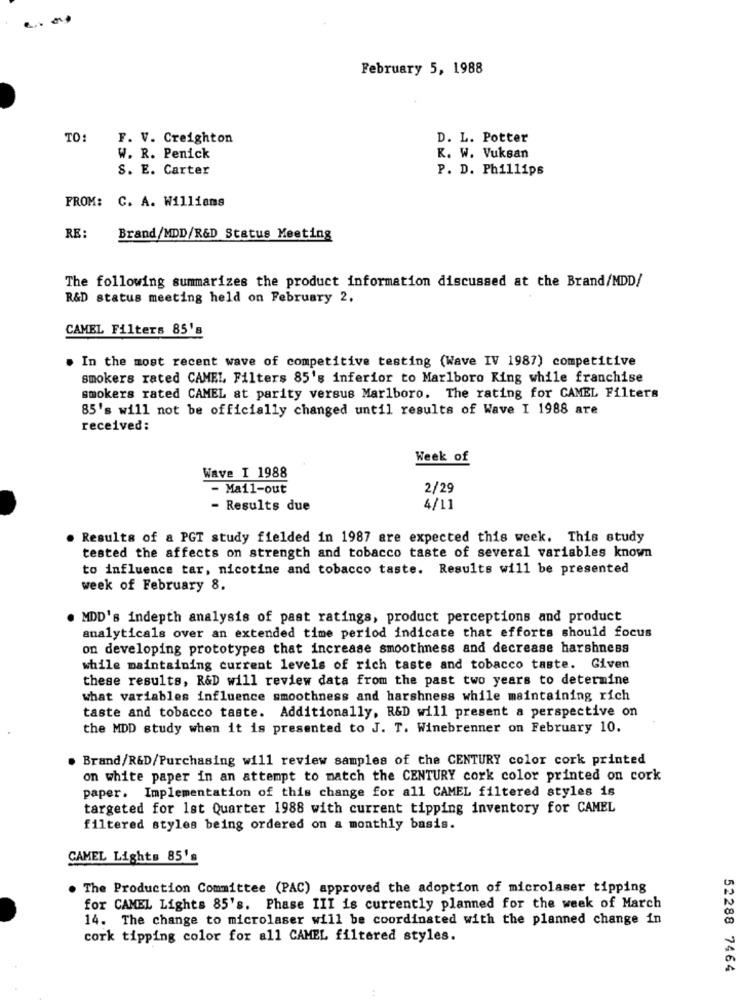
February 5, 1988
TO:
F. V. Creighton
D. L. Potter
W. R. Penick
K. W. Vuksan
S. E. Carter
P. D. Phillips
FROM: C. A. Williams
RE:
Brand/MDD/R&D Status Meeting
The following summarizes the product information discussed at the Brand/MDD/
R&D status meeting held on February 2.
CAMEL Filters 85's
. In the most recent wave of competitive testing (Wave IV 1987) competitive
smokers rated CAMEL Filters 85's inferior to Marlboro King while franchise
smokers rated CAMEL at parity versus Marlboro. The rating for CAMEL Filters
85's will not be officially changed until results of Wave I 1988 are
received:
Week of
Wave I 1988
- Mail-out
2/29
- Results due
4/11
. Results of a PGT study fielded in 1987 are expected this week. This study
tested the affects on strength and tobacco taste of several variables known
to influence tar, nicotine and tobacco taste. Results will be presented
week of February 8.
MDD's indepth analysis of past ratings, product perceptions and product
analyticals over an extended time period indicate that efforts should focus
on developing prototypes that increase smoothness and decrease harshness
while maintaining current levels of rich taste and tobacco taste. Given
these results, R&D will review data from the past two years to determine
what variables influence smoothness and harshness while maintaining rich
taste and tobacco taste. Additionally, R&D will present a perspective on
the MDD study when it is presented to J. T. Winebrenner on February 10.
. Brand/R&D/Purchasing will review samples of the CENTURY color cork printed
on white paper in an attempt to match the CENTURY cork color printed on cork
paper. Implementation of this change for all CAMEL filtered styles is
targeted for 1st Quarter 1988 with current tipping inventory for CAMEL
filtered styles being ordered on a monthly basis.
CAMEL Lights 85's
. The Production Committee (PAC) approved the adoption of microlaser tipping
for CAMEL Lights 85's. Phase III is currently planned for the week of March
14. The change to microlaser will be coordinated with the planned change in
cork tipping color for all CAMEL filtered styles.
52288 7464